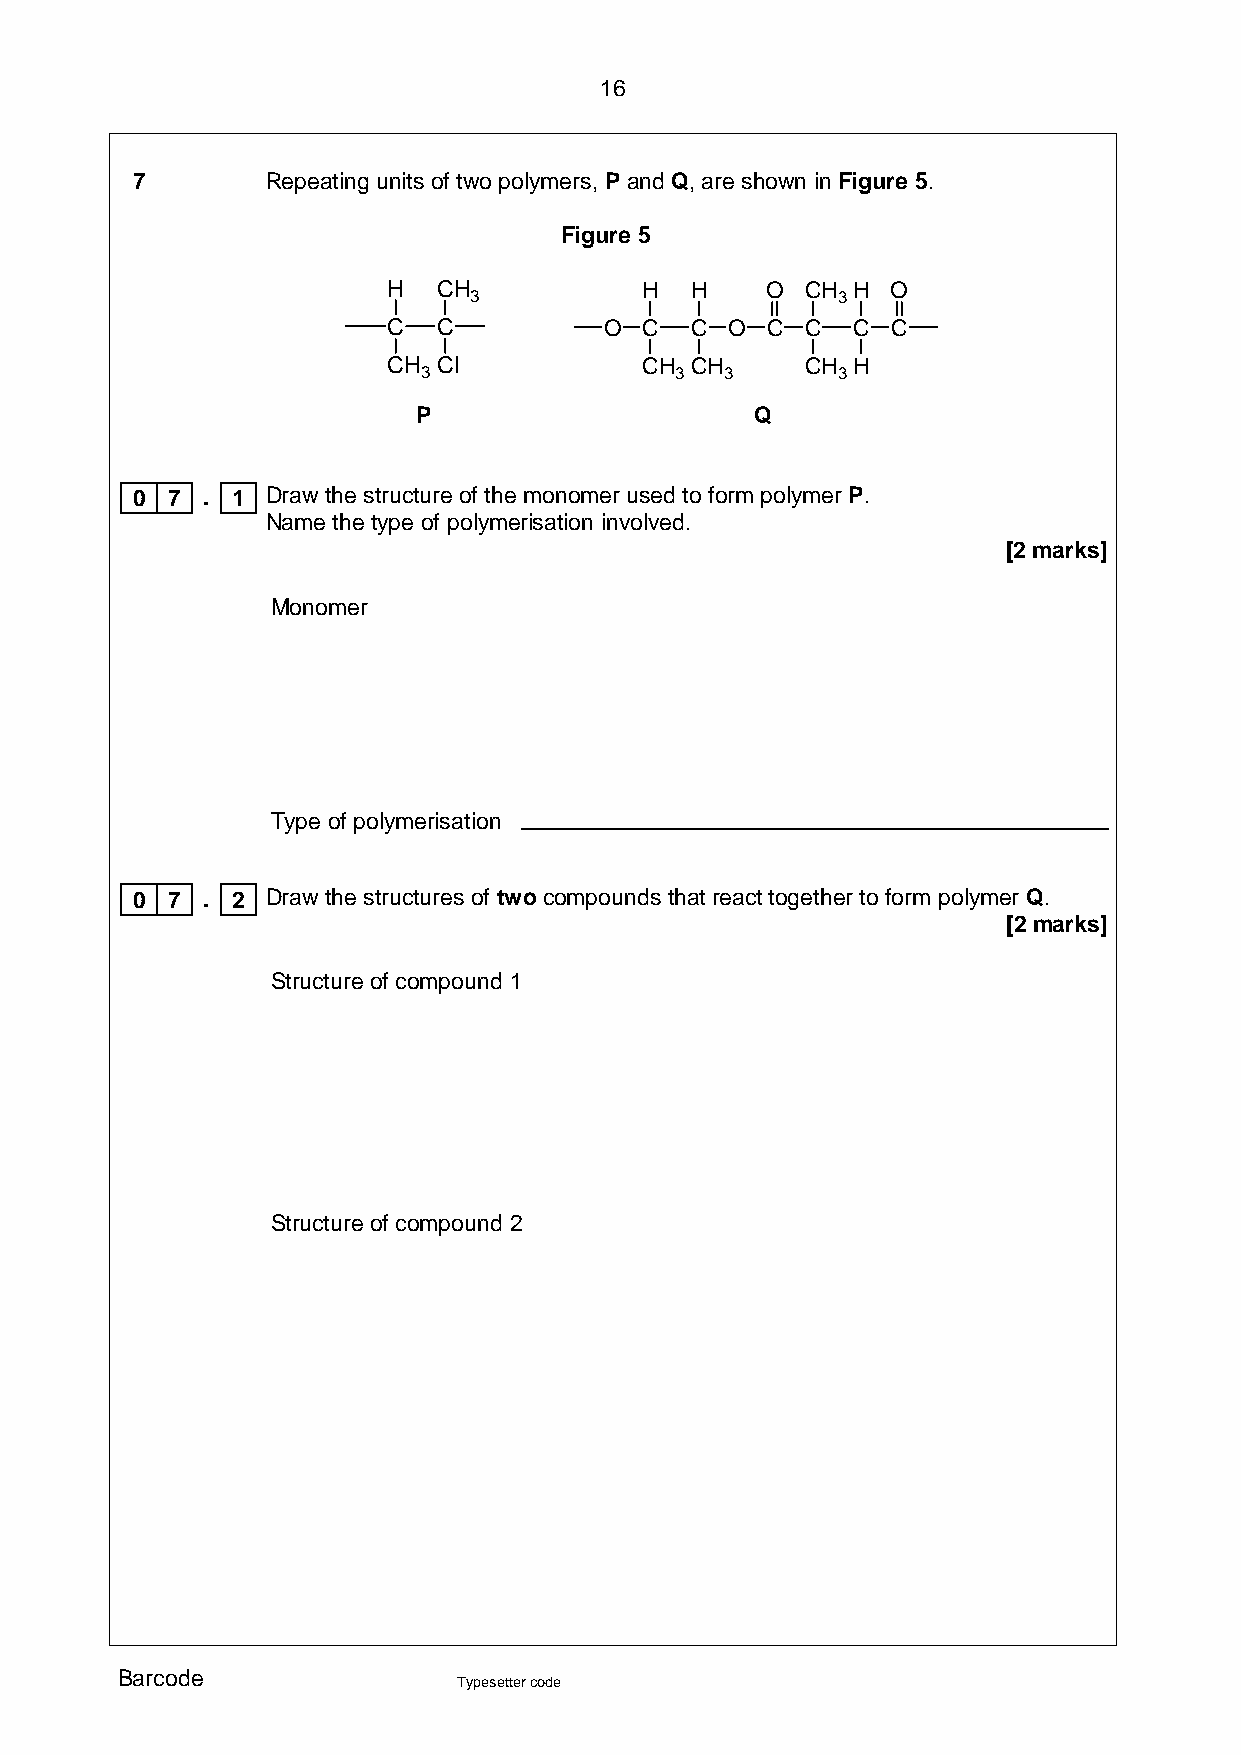
16
 7        Repeating units of two polymers, P and Q, are shown in Figure 5.
 Figure 5
 H  CH           H   H    O CH H  O
 3                       3
 C  C          O C   C O  C C  C  C
 CH Cll          CH  CH     CH H
 3                3  3      3
 P                      Q
 0 7 . 1  Draw the structure of the monomer used to form polymer P.
 Name the type of polymerisation involved.
 [2 marks]
 Monomer
 Type of polymerisation
 0 7 . 2  Draw the structures of two compounds that react together to form polymer Q.
 [2 marks]
 Structure of compound 1
 Structure of compound 2
 Barcode
 Typesetter code